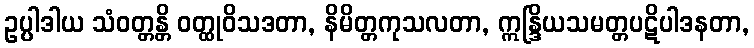
ဥပ္ပါဒါယ သံဝတ္တန္တိ ဝတ္ထုဝိသဒတာ, နိမိတ္တကုသလတာ, ဣန္ဒြိယသမတ္တပဋိပါဒနတာ,